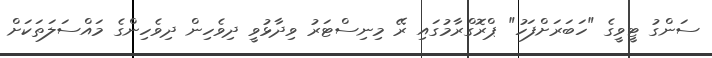
ސަންގު ޓީވީގެ "ހަބަރަށްފަހު" ޕްރޮގްރާމުގައި ރޭ މިނިސްޓަރު ވިދާޅުވީ ދިވެހިން ދިވެހިންގެ މައްސަލަތަކަށް